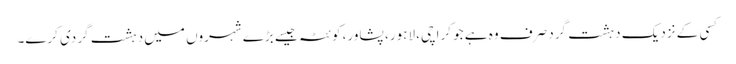
کسی کے نزدیک دہشت گرد صرف وہ ہے جو کراچی، لاہور، پشاور، کوئٹہ جیسے بڑے شہروں میں دہشت گردی کرے۔